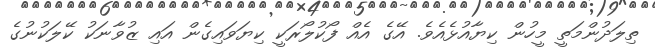
ތިލަދުންމަތީ މީހުން ކިޔާއުޅެއެވެ. އޭގެ އެއް ފޯކުލޯރަކީ ކިޔަވައިގެން އައި ޒުވާނަކު ކޭލަކުނުގެ